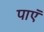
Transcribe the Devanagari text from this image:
पाएॅ